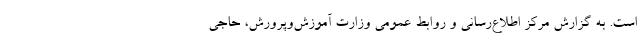
است. به گزارش مرکز اطلاع‌رسانی و روابط عمومی وزارت آموزش‌وپرورش، حاجی